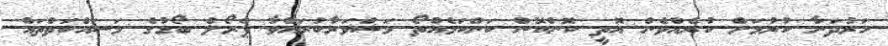
ހަރުދަނާ ކުރުމަށް ކުރެއްވެން އޮތީ ކޮންކޮން ކަންކަމެއްތޯ މަޝްވަރާކުރައްވާ ޕެރޯލް ބޯޑުގެ މަސައްކަތްތައް